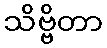
သိဗ္ဗိတာ